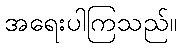
အရေးပါကြသည်။